Sketch of the medical history of the native army of Bombay, for the year
Year: 1870
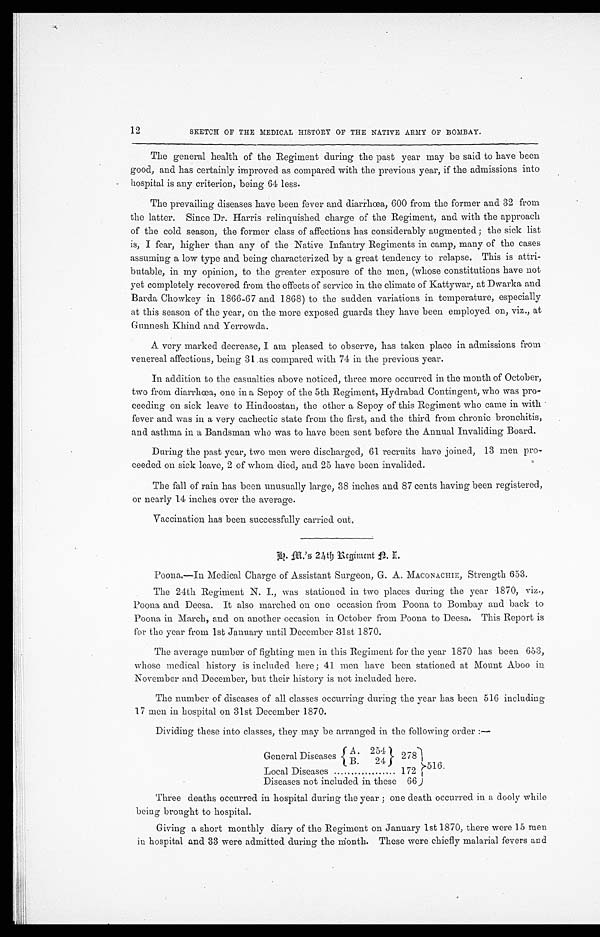
12
SKETCH OF THE MEDICAL HISTORY OF THE NATIVE ARMY OF BOMBAY.
The general health of the Regiment during the past year may be said to have been
good, and has certainly improved as compared with the previous year, if the admissions into
hospital is any criterion, being 64 less.
The prevailing diseases have been fever and diarrhœa, 600 from the former and 32 from
the latter. Since Dr. Harris relinquished charge of the Regiment, and with the approach
of the cold season, the former class of affections has considerably augmented; the sick list
is, I fear, higher than any of the Native Infantry Regiments in camp, many of the cases
assuming a low type and being characterized by a great tendency to relapse. This is attri
-butable, in my opinion, to the greater exposure of the men, (whose constitutions have not
yet completely recovered from the effects of service in the climate of Kattywar, at Dwarka and
Barda Chowkey in 1866-67 and 1868) to the sudden variations in temperature, especially
at this season of the year, on the more exposed guards they have been employed on, viz., at
Gunnesh Khind and Yerrowda.
A very marked decrease, I am pleased to observe, has taken place in admissions from
venereal affections, being 31 as compared with 74 in the previous year.
In addition to the casualties above noticed, three more occurred in the month of October,
two from diarrhœa, one in a Sepoy of the 5th Regiment, Hydrabad Contingent, who was pro
-ceeding on sick leave to Hindoostan, the other a Sepoy of this Regiment who came in with
fever and was in a very cachectic state from the first, and the third from chronic bronchitis,
and asthma in a Bandsman who was to have been sent before the Annual Invaliding Board.
During the past year, two men were discharged, 61 recruits have joined, 13 men pro
-ceeded on sick leave, 2 of whom died, and 25 have been invalided.
The fall of rain has been unusually large, 38 inches and 87 cents having been registered,
or nearly 14 inches over the average.
Vaccination has been successfully carried out.
H. M.' s 24th Regiment N. I.
Poona.—In Medical Charge of Assistant Surgeon, G. A. MACONACHIE, Strength 653.
The 24th Regiment N. I., was stationed in two places during the year 1870, viz.,
Poona and Deesa. It also marched on one occasion from Poona to Bombay and back to
Poona in March, and on another occasion in October from Poona to Deesa. This Report is
for the year from 1st January until December 31st 1870.
The average number of fighting men in this Regiment for the year 1870 has been 653,
whose medical history is included here; 41 men have been stationed at Mount Aboo in
November and December, but their history is not included here.
The number of diseases of all classes occurring during the year has been 516 including
17 men in hospital on 31st December 1870.
Dividing these into classes, they may be arranged in the following order:—
General Diseases
A. 254
2 7 8
5 1 6
B . 2 4
Local Diseases . . .
1 7 2
Diseases not included in these
66
Three deaths occurred in hospital during the year; one death occurred in a dooly while
being brought to hospital.
Giving a short monthly diary of the Regiment on January 1st 1870, there were 15 men
in hospital and 33 were admitted during the month. These were chiefly malarial fevers and